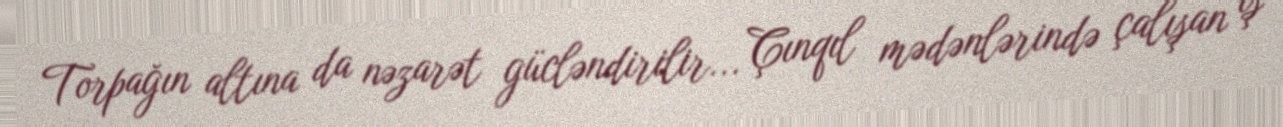
Torpağın altına da nəzarət gücləndirilir... Çınqıl mədənlərində çalışan iş